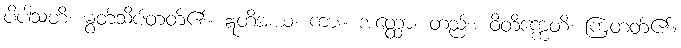
ပိပါသတိ၊ မွတ်သိပ်တတ်၏။ ဣတိအယံ၊ ကား။ အတ္ထော၊ တည်း။ ဝိတိက္ကေတိ၊ ကြံတတ်၏။